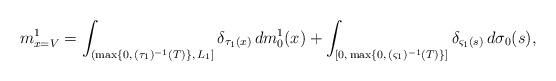
LaTeX: \begin{align*}m^1_{x=V} =\int_{(\max\{0,\,(\tau_1)^{-1}(T)\},\,L_1]}\delta_{\tau_1(x)}\,dm_0^1(x) +\int_{[0,\,\max\{0,\,(\varsigma_1)^{-1}(T)\}]}\delta_{\varsigma_1(s)}\,d\sigma_0(s),\end{align*}